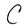
Character: C